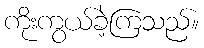
ကိုးကွယ်ခဲ့ကြသည်။